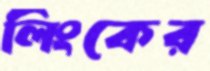
লিংকের